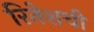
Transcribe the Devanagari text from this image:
रितेशची